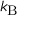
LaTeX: k _ { \mathrm { { B } } }